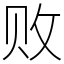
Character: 败